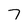
Character: 7